Problem: 4 + 44 = ?
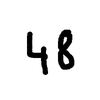
Handwritten answer: 48